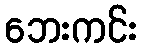
ဘေးကင်း